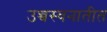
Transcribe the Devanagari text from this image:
उच्चस्वनातीत